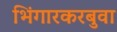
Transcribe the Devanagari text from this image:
भिंगारकरबुवा